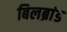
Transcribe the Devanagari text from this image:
बिलब्रांड